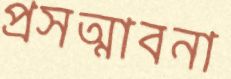
প্রসত্মাবনা